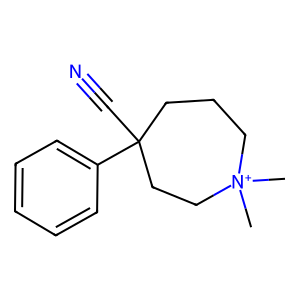
SMILES: C[N+]1(C)CCCC(C#N)(c2ccccc2)CC1
Inhibits HIV replication: No